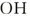
OH